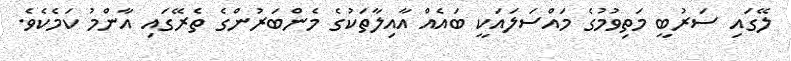
ލޭގައި ސަރުބީ މަތިވުމުގެ މައްސަލައަކީ ބައެއް އާއިލާތަކުގެ މެންބަރުންގެ ތެރޭގައި އާންމު ކަމެކެވެ.